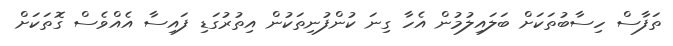
ތަފާސް ހިސާބުތަކަށް ބަލައިލުމުން އެހާ ގިނަ ކުންފުނިތަކުން އިތުރުގަޑި ފައިސާ އެއްވެސް ގޮތަކަށް